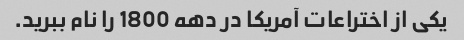
یکی از اختراعات آمریکا در دهه 1800 را نام ببرید.